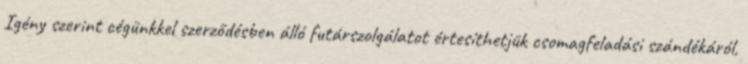
Igény szerint cégünkkel szerződésben álló futárszolgálatot értesíthetjük csomagfeladási szándékáról,